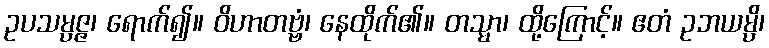
ဥပသမ္ပဇ္ဇ၊ ရောက်၍။ ဝိဟာတဗ္ဗံ၊ နေထိုက်၏။ တသ္မာ၊ ထို့ကြောင့်။ ဧတံ ဥဘယမ္ပိ၊